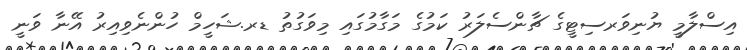
އިސްލާމީ ޔުނިވަރސިޓީގެ ޗާންސެލަރު ކަމުގެ މަގާމުގައި މިވަގުތު ޑރ.ޝަހީމް ހުންނެވިއިރު އޭނާ ވަނީ